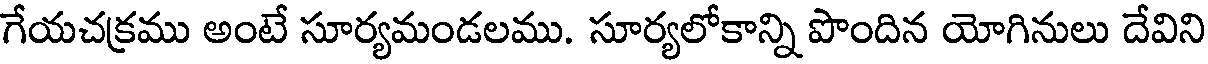
గేయచక్రము అంటే సూర్యమండలము. సూర్యలోకాన్ని పొందిన యోగినులు దేవిని